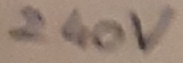
Text: 240V